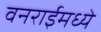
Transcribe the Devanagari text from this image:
वनराईमध्ये